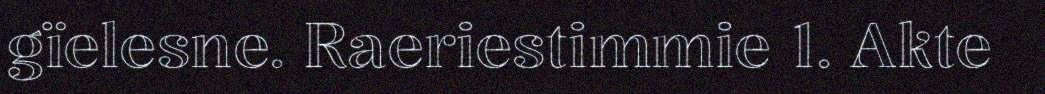
gïelesne. Raeriestimmie 1. Akte